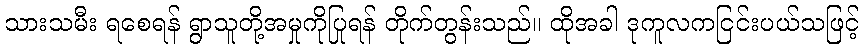
သားသမီး ရစေရန် ရွာသူတို့အမှုကိုပြုရန် တိုက်တွန်းသည်။ ထိုအခါ ဒုကူလကငြင်းပယ်သဖြင့်